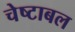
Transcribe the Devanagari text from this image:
चेष्टाबल